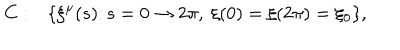
LaTeX: C : \ \ \ \{ \xi ^ { \mu } ( s ) \colon s = 0 \rightarrow 2 \pi , \ \xi ( 0 ) = \xi ( 2 \pi ) = \xi _ { 0 } \} ,